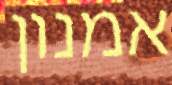
אמנון